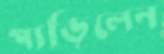
পাড়িলেন